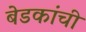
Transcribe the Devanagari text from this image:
बेडकांची